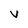
Character: v